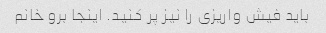
باید فیش واریزی را نیز پر کنید. اینجا برو خانم